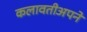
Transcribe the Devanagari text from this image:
कलावतीअपने